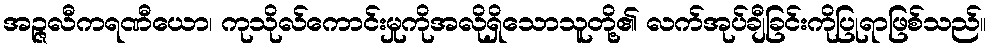
အဉ္ဇလီကရဏီယော၊ ကုသိုလ်ကောင်းမှုကိုအလိုရှိသောသူတို့၏ လက်အုပ်ချီခြင်းကိုပြုရာဖြစ်သည်။